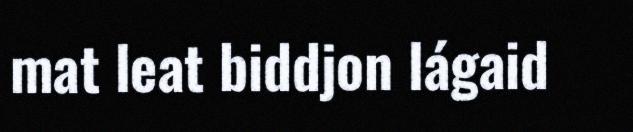
mat leat biddjon lágaid